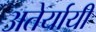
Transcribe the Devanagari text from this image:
अतेर्यायी